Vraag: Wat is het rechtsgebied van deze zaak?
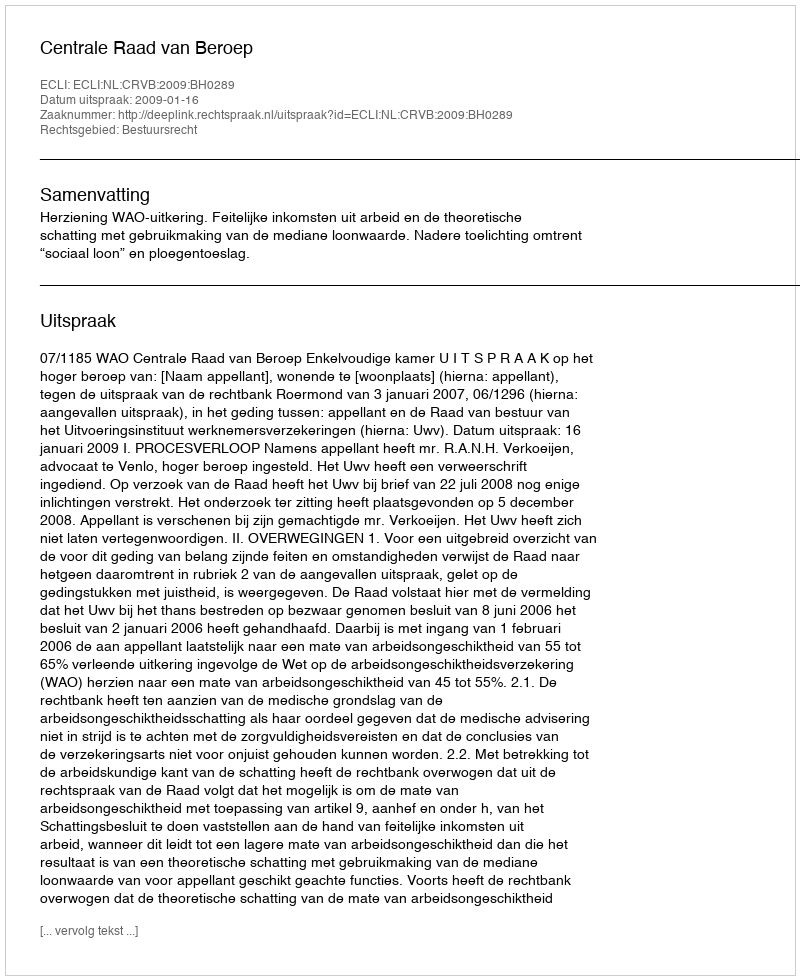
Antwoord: Bestuursrecht